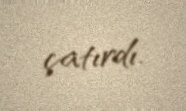
çatırdı.